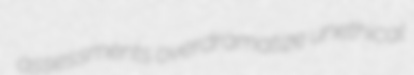
assessments overdramatize unethical